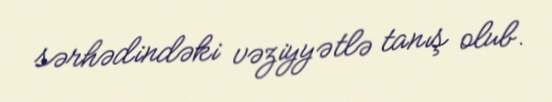
sərhədindəki vəziyyətlə tanış olub.